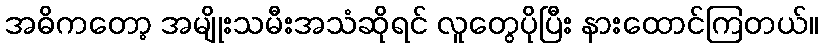
အဓိကတော့ အမျိုးသမီးအသံဆိုရင် လူတွေပိုပြီး နားထောင်ကြတယ်။